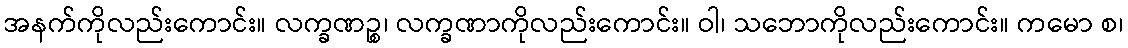
အနက်ကိုလည်းကောင်း။ လက္ခဏဉ္စ၊ လက္ခဏာကိုလည်းကောင်း။ ဝါ၊ သဘောကိုလည်းကောင်း။ ကမော စ၊